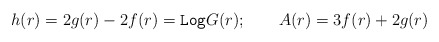
\begin{align*}h(r)=2 g(r)-2 f(r)=\texttt{Log} G(r); \qquad A(r)=3 f(r)+2 g(r)\end{align*}